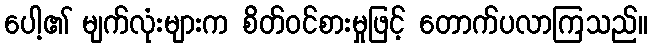
ပေါ့၏ မျက်လုံးများက စိတ်ဝင်စားမှုဖြင့် တောက်ပလာကြသည်။